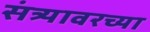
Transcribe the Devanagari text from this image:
संत्र्यावरच्या